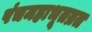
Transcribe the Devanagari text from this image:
पंचमहाभूतव्रत